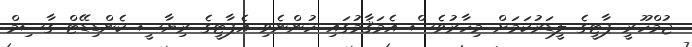
ޖުމްހޫރީ ޕާޓީގެ ލީޑަރުކަމަށް މިހާރުވެސް އެމަޤާމުގައި ހުންނެވި އެޕާޓީގެ ރިޔާސީ ކެންޑިޑޭޓް ގާސިމް